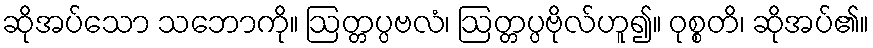
ဆိုအပ်သော သဘောကို။ ဩတ္တပ္ပဗလံ၊ ဩတ္တပ္ပဗိုလ်ဟူ၍။ ဝုစ္စတိ၊ ဆိုအပ်၏။